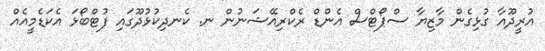
އުރީދޫއާ ގުޅިގެން މާޒިޔާ ސްޕޯޓްސް އެންޑް ރެކްރިއޭޝަނުން ނ. ކެނދިކުޅުދޫގައި ފުޓްބޯޅަ އެކަޑެމީއެއް